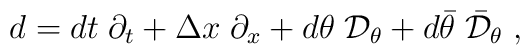
d = dt\;\partial_t + \Delta x \;\partial_x + d\theta \;{\cal D}_{\theta} +d\bar{\theta}\; \bar{{\cal D}}_{\theta}\;,